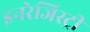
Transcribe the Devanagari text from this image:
इनरेजिस्ट्री